Scottish Leaving Certificate Examination, 1956
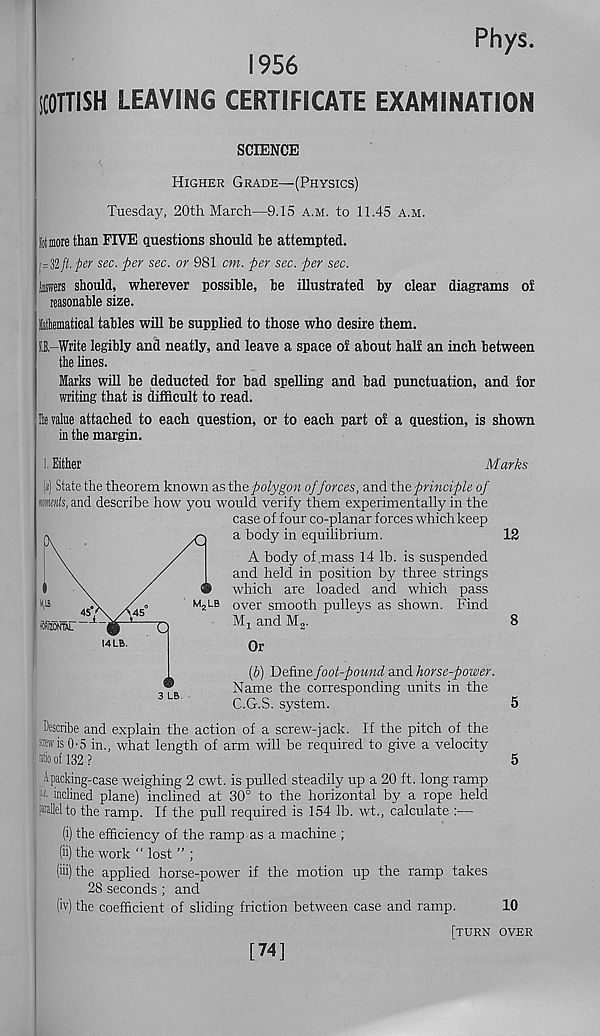
Rhys
1956
SCOTTISH LEAVING CERTIFICATE EXAMINATION
SCIENCE
Higher Grade—(Physics)
Tuesday, 20th March—9.15 a.m. to 11.45 a.m.
Sit more than FIVE questions should be attempted.
sec. per sec. or 981 cm. per sec. per sec.
taws should, wherever possible, be illustrated by clear diagrams oi
reasonable size.
Mematical tables will be supplied to those who desire them.
0,-Write legibly and neatly, and leave a space of about half an inch between
the lines.
Marks will be deducted for bad spelling and bad punctuation, and for
writing that is difficult to read.
Its value attached to each question, or to each part of a question, is shown
in the margin.
1. Either
Marks
(«) State the theorem known aslYie polygon of forces, and the principle of
miients, and describe how you would verify them experimentally in the
case of four co-planar forces which keep
a body in equilibrium.
12
A body of mass 14 lb. is suspended
and held in position by three strings
which are loaded and which pass
over smooth pulleys as shown. Find
Mj and M 2 .
8
Or
(&) Define foot-pound and horse-power.
Name the corresponding units in the
C.G.S. system.
5
Describe and explain the action of a screw-jack. If the pitch of the
W'vis 0-5 in., what length of arm will be required to give a velocity
of 132 ?
5
•1 packing-case weighing 2 cwt. is pulled steadily up a 20 ft. long ramp
inclined plane) inclined at 30° to the horizontal by a rope held
Kiel to the ramp. If the pull required is 154 lb. wt., calculate :—
(i) the efficiency of the ramp as a machine ;
(ii) the work “ lost ” ;
(iii) the applied horse-power if the motion up the ramp takes
28 seconds ; and
(iv) the coefficient of sliding friction between case and ramp.
10
[turn over
[74]